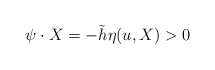
\begin{align*} \psi\cdot X=-\tilde{h}\eta(u,X)>0\end{align*}